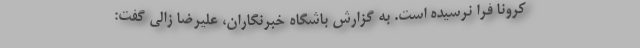
کرونا فرا نرسیده است. به گزارش باشگاه خبرنگاران، علیرضا زالی گفت: